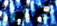
كثيرون